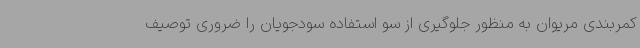
کمربندی مریوان به منظور جلوگیری از سو استفاده سودجویان را ضروری توصیف